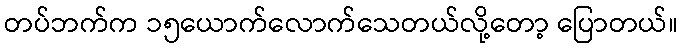
တပ်ဘက်က ၁၅ယောက်လောက်သေတယ်လို့တော့ ပြောတယ်။